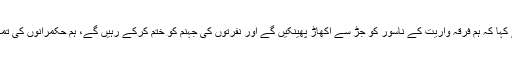
علامہ ناصر عباس جعفری نے کہا کہ ہم فرقہ واریت کے ناسور کو جڑ سے اکھاڑ پھینکیں گے اور نفرتوں کی جہنم کو ختم کرکے رہیں گے، ہم حکمرانوں کی تمام سازشوں کو ناکام بنائیں گے۔